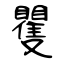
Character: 矍